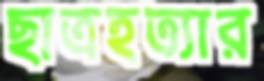
ছাত্রহত্যার